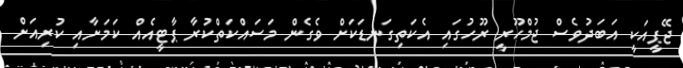
ޖޭޕީއަކީ އަބަދުވެސް ޖުމްހޫރީ ރޫހުގައި އެކަތިގަނޑަކަށް ވެގެން މަސައްކަތްކުރާ ޕާޓީއެއް ކަމަށާއި ކުރިއަށް